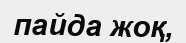
пайда жоқ,